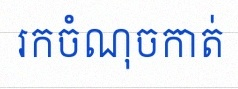
រកចំណុចកាត់